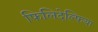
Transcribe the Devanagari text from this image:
फिलिदेल्फिया